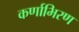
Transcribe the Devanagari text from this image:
कर्णाभिरण